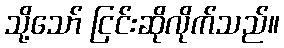
သို့သော် ငြင်းဆိုလိုက်သည်။